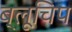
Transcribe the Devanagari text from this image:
ब्लूचिप